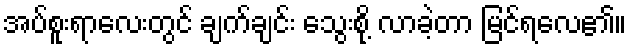
အပ်စူးရာလေးတွင် ချက်ချင်း သွေးစို့ လာခဲ့တာ မြင်ရလေ၏။